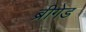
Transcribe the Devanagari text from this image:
ब्रीगेड